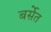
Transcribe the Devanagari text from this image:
बर्सेत